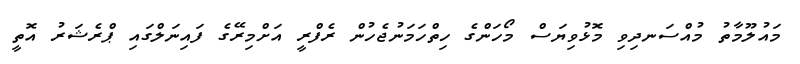
މައުލޫމާތު މުއްސަނދިވި މޮޅުވިޔަސް މޯހަންގެ ހިތްހަމަނުޖެހުން ރެފްރީ އަށްމިރޭގެ ފައިނަލްގައި ޕްރެޝަރު އޮތީ